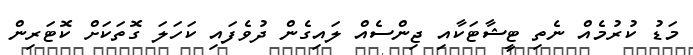
މަޑު ކުރުމެއް ނެތި ޓީޝާޓަކާއި ޖިންސެއް ލައިގެން ދުވެފައި ކަހަލަ ގޮތަކަށް ކޮޓަރިން